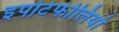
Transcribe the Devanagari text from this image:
इपोर्टफोलियो